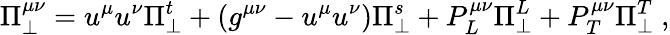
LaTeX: \Pi_{\perp}^{\mu\nu}=u^{\mu}u^{\nu}\Pi_{\perp}^{t}+(g^{\mu\nu}-u^{\mu}u^{\nu})\Pi_{\perp}^{s}+P_{L}^{\mu\nu}\Pi_{\perp}^{L}+P_{T}^{\mu\nu}\Pi_{\perp}^{T}\ ,